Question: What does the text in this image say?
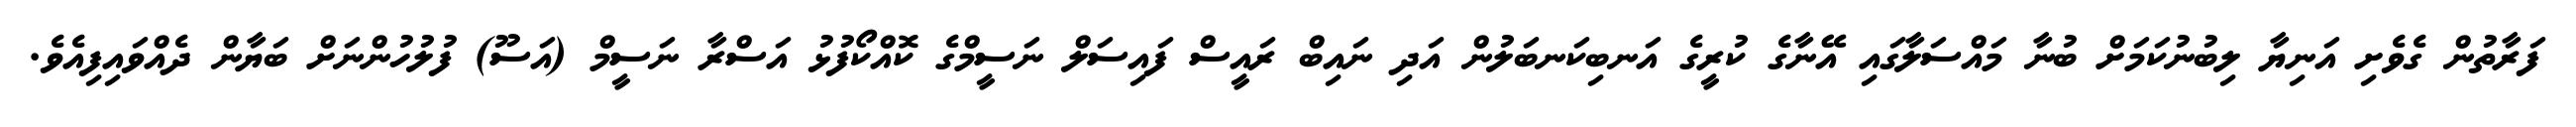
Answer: ފަރާތުން ގެވެށި އަނިޔާ ލިބުނުކަމަށް ބުނާ މައްސަލާގައި އޭނާގެ ކުރީގެ އަނބިކަނބަލުން އަދި ނައިބް ރައީސް ފައިސަލް ނަސީމްގެ ކޮއްކޯފުޅު އަސްރާ ނަސީމް (އަސޫ) ފުލުހުންނަށް ބަޔާން ދެއްވައިފިއެވެ.